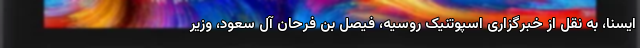
ایسنا، به نقل از خبرگزاری اسپوتنیک روسیه، فیصل بن فرحان آل سعود، وزیر